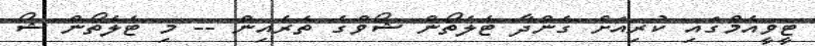
ޓީވީއެމްގައި ކުރިއަށް ގެންދާ ޓެލެތޯން ޝޯވްގެ ތެރެއިން -- މި ޓެލެތޯން ޝޯ